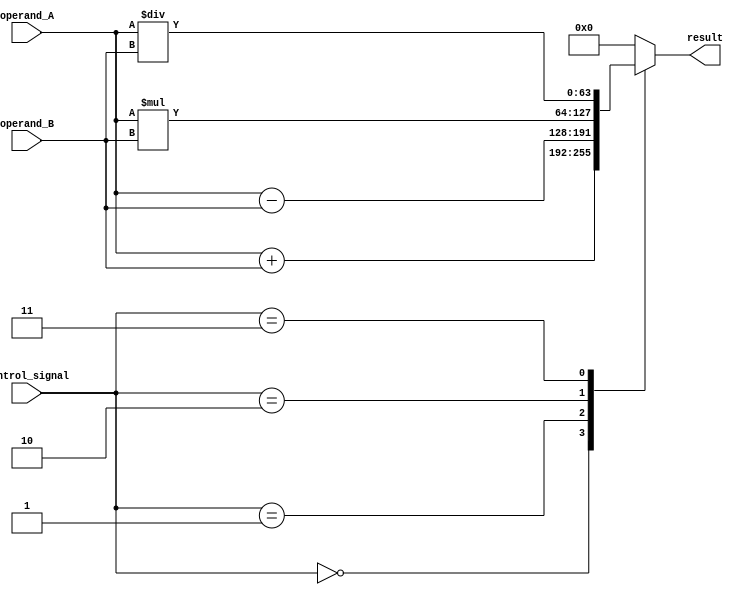
module ALU_64_bit(
    input [63:0] operand_A,
    input [63:0] operand_B,
    input [2:0] control_signal,
    output reg [63:0] result
);

// Arithmetic operation blocks
reg [63:0] sum, difference, product, quotient;

// Multiplexers for selecting operation
always @*
begin
    case(control_signal)
        3'b000: result = operand_A + operand_B; // Addition
        3'b001: result = operand_A - operand_B; // Subtraction
        3'b010: result = operand_A * operand_B; // Multiplication
        3'b011: result = operand_A / operand_B; // Division
        // Add more cases for other arithmetic operations if needed
        default: result = 64'h0000000000000000; // Default case for no operation
    endcase
end

endmodule